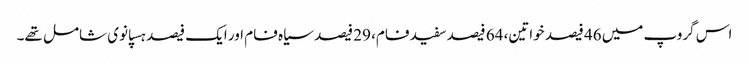
اس گروپ میں 46 فیصد خواتین، 64 فیصد سفید فام، 29 فیصد سیاہ فام اور ایک فیصد ہسپانوی شامل تھے۔